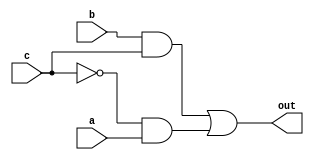
module MinimizLogic(a, b, c, out);
input a, b, c;
output out;
assign out = (b&c)|(~c&a);
endmodule